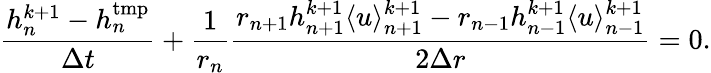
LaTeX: \frac{h_{n}^{k+1}-h_{n}^{\mathrm{tmp}}}{\Delta t}+\frac{1}{r_{n}}\frac{r_{n+1}h_{n+1}^{k+1}\langle u\rangle_{n+1}^{k+1}-r_{n-1}h_{n-1}^{k+1}\langle u\rangle_{n-1}^{k+1}}{2\Delta r}=0.